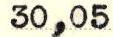
30,05